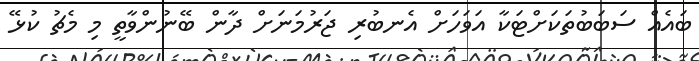
ބައެއް ސަބަބުތަކަށްޓަކާ އަވަަހަށް އެނބުރި ޖަރުމަނަށް ދާން ބޭނުންވާތީ މި މެޗު ކުޅޭ